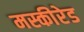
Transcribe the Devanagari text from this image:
मस्कीरेड